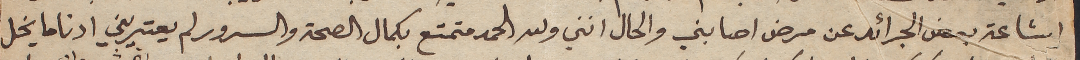
اشاعة بعض الجرائد عن مرض اصابني والحال انني ولله الحمد متمتع بكمال الصحة والسرور لم يعتريني ادنا ما يخل